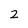
Character: 2